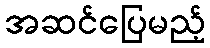
အဆင်ပြေမည့်